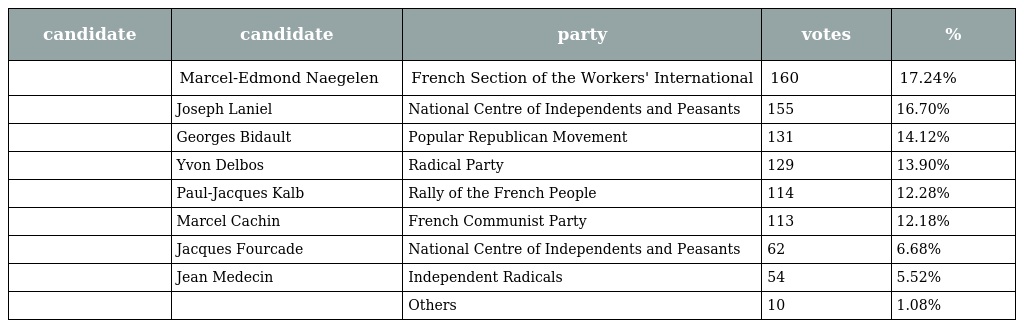
| candidate | candidate | party | votes | % |
 | --- | --- | --- | --- | --- |
 |  | Marcel-Edmond Naegelen | French Section of the Workers' International | 160 | 17.24% |
 |  | Joseph Laniel | National Centre of Independents and Peasants | 155 | 16.70% |
 |  | Georges Bidault | Popular Republican Movement | 131 | 14.12% |
 |  | Yvon Delbos | Radical Party | 129 | 13.90% |
 |  | Paul-Jacques Kalb | Rally of the French People | 114 | 12.28% |
 |  | Marcel Cachin | French Communist Party | 113 | 12.18% |
 |  | Jacques Fourcade | National Centre of Independents and Peasants | 62 | 6.68% |
 |  | Jean Medecin | Independent Radicals | 54 | 5.52% |
 |  |  | Others | 10 | 1.08% |